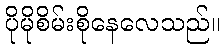
ပိုမိုစိမ်းစိုနေလေသည်။